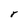
Character: r